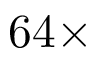
6 4 \times